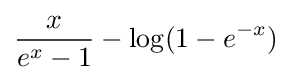
{\frac {x}{e^{x}-1}}-\log(1-e^{-x})